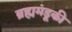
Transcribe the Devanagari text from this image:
ब्रह्ममंडूकी